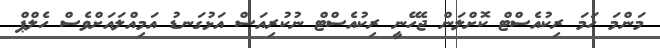
މަންމަ ހަމަ ރިކުއެސްޓް ކޮށްލަން ޖެހޭނީ ރިކުއެސްޓް ނުކުރިއަސް އަޅުގަނޑު އަމިއްލައަށްވެސް ހެލްޕް